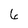
Character: 6